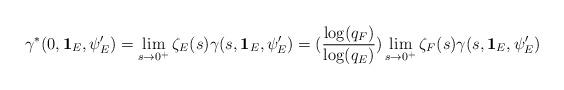
LaTeX: \begin{align*}\displaystyle \gamma^*(0,\mathbf{1}_E,\psi'_E)=\lim\limits_{s\to 0^+}\zeta_E(s) \gamma(s,\mathbf{1}_E,\psi'_E)=(\frac{\log(q_F)}{\log(q_E)})\lim\limits_{s\to 0^+}\zeta_F(s) \gamma(s,\mathbf{1}_E,\psi'_E)\end{align*}